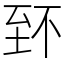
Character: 𦤹